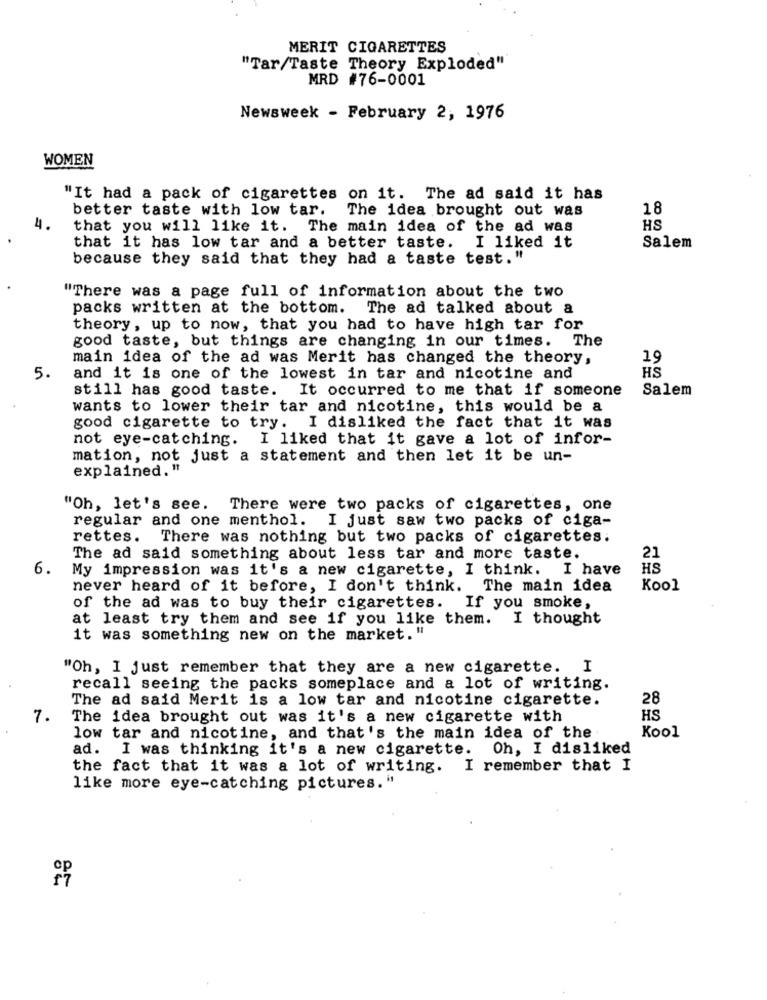
MERIT CIGARETTES
"Tar/Taste Theory Exploded"
MRD #76-0001
Newsweek - February 2, 1976
WOMEN
"It had a pack of cigarettes on it. The ad said it has
better taste with low tar.
The idea brought out was
18
4.
that you will like it. The main idea of the ad was
HS
that it has low tar and a better taste. I liked it
Salem
because they said that they had a taste test."
"There was a page full of information about the two
packs written at the bottom. The ad talked about a
theory, up to now, that you had to have high tar for
good taste, but things are changing in our times. The
main idea of the ad was Merit has changed the theory,
19
HS
5.
and it is one of the lowest in tar and nicotine and
still has good taste. It occurred to me that if someone
Salem
wants to lower their tar and nicotine, this would be a
good cigarette to try. I disliked the fact that it was
not eye-catching. I liked that it gave a lot of infor-
mation, not just a statement and then let it be un-
explained."
"Oh, let's see. There were two packs of cigarettes, one
regular and one menthol. I just saw two packs of ciga-
rettes. There was nothing but two packs of cigarettes.
21
The ad said something about less tar and more taste.
6.
My impression was it's a new cigarette, I think. I have
HS
never heard of it before, I don't think. The main idea
Kool
of the ad was to buy their cigarettes. If you smoke,
at least try them and see if you like them. I thought
it was something new on the market. "
"Oh, I just remember that they are a new cigarette. I
recall seeing the packs someplace and a lot of writing.
The ad said Merit is a low tar and nicotine cigarette.
28
7.
The idea brought out was it's a new cigarette with
HS
low tar and nicotine, and that's the main idea of the
Kool
ad. I was thinking it's a new cigarette. Oh, I disliked
the fact that it was a lot of writing. I remember that I
like more eye-catching pictures."